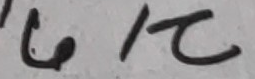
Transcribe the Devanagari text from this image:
७/८